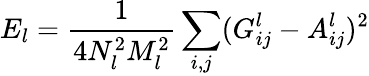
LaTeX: E_{l}=\frac{1}{4N_{l}^{2}M_{l}^{2}}\sum_{i,j}(G_{ij}^{l}-A_{ij}^{l})^{2}